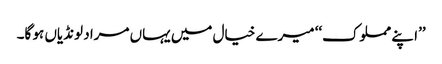
’’ا پنے مملوک‘‘ میرے خیال میں یہاں مراد لونڈیاں ہو گا۔